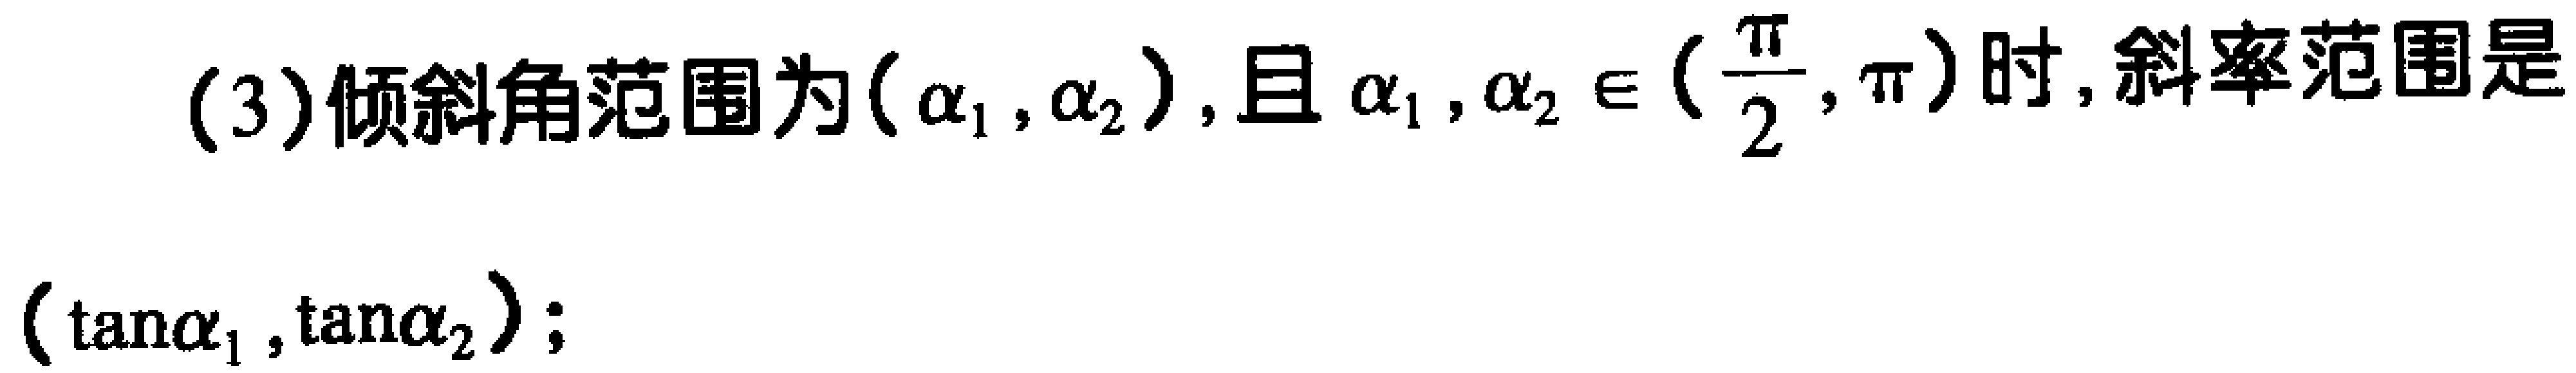
(3)倾斜角范围为$(\alpha_1,\alpha_2)$，且$\alpha_1,\alpha_2\in(\frac{\pi}{2},\pi)$时，斜率范围是$(\tan\alpha_1,\tan\alpha_2)$；